Source: Handwritten
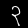
Digit: ၃ (3)